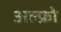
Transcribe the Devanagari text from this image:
अल्फ्रो